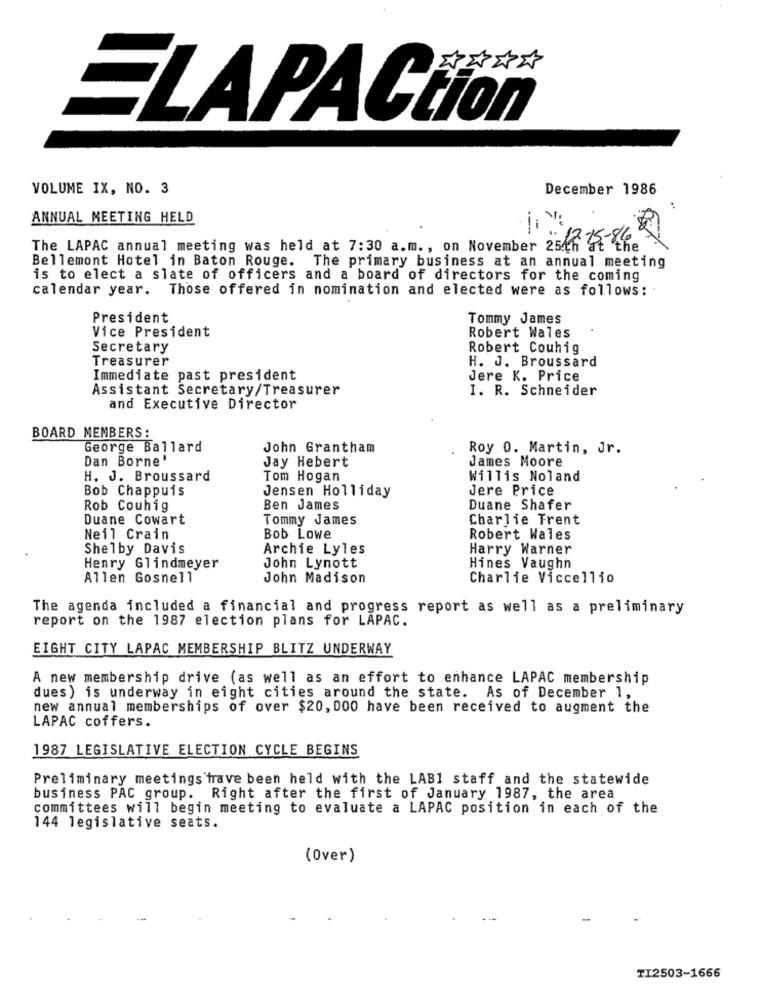
ELAPACtion
VOLUME IX, NO. 3
December 1986
:
ANNUAL MEETING HELD
The LAPAC annual meeting was held at 7:30 a.m ., on November 25th 64 the
Bellemont Hotel in Baton Rouge. The primary business at an annual meeting
is to elect a slate of officers and a board of directors for the coming
calendar year. Those offered in nomination and elected were as follows:
President
Tommy James
Vice President
Robert Wales
Secretary
Robert Couhig
Treasurer
H. J. Broussard
Immediate past president
Jere K. Price
Assistant Secretary/Treasurer
I. R. Schneider
and Executive Director
BOARD MEMBERS:
George Ballard
John Grantham
Roy 0. Martin, Jr.
Dan Borne'
Jay Hebert
James Moore
H. J. Broussard
Tom Hogan
Willis Noland
Bob Chappuis
Jensen Holliday
Jere Price
Rob Couhig
Ben James
Duane Shafer
Duane Cowart
Tommy James
Charlie Trent
Neil Crain
Bob Lowe
Robert Wales
Shelby Davis
Archie Lyles
Harry Warner
Henry Glindmeyer
John Lynott
Hines Vaughn
Allen Gosnell
John Madison
Charlie Viccellio
The agenda included a financial and progress report as well as a preliminary
report on the 1987 election plans for LAPAC.
EIGHT CITY LAPAC MEMBERSHIP BLITZ UNDERWAY
A new membership drive (as well as an effort to enhance LAPAC membership
dues ) is underway in eight cities around the state. As of December 1,
new annual memberships of over $20, 000 have been received to augment the
LAPAC coffers.
1987 LEGISLATIVE ELECTION CYCLE BEGINS
Preliminary meetings have been held with the LAB1 staff and the statewide
business PAC group. Right after the first of January 1987, the area
committees will begin meeting to evaluate a LAPAC position in each of the
144 legislative seats.
(Over)
TI2503-1666